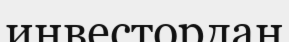
инвестордан